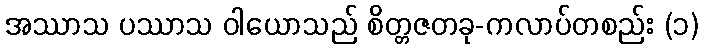
အဿာသ ပဿာသ ဝါယောသည် စိတ္တဇတခု-ကလာပ်တစည်း (၁)